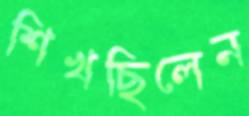
শিখছিলেন